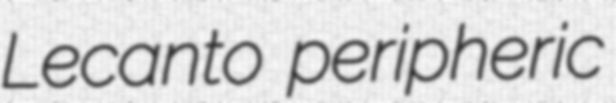
Lecanto peripheric